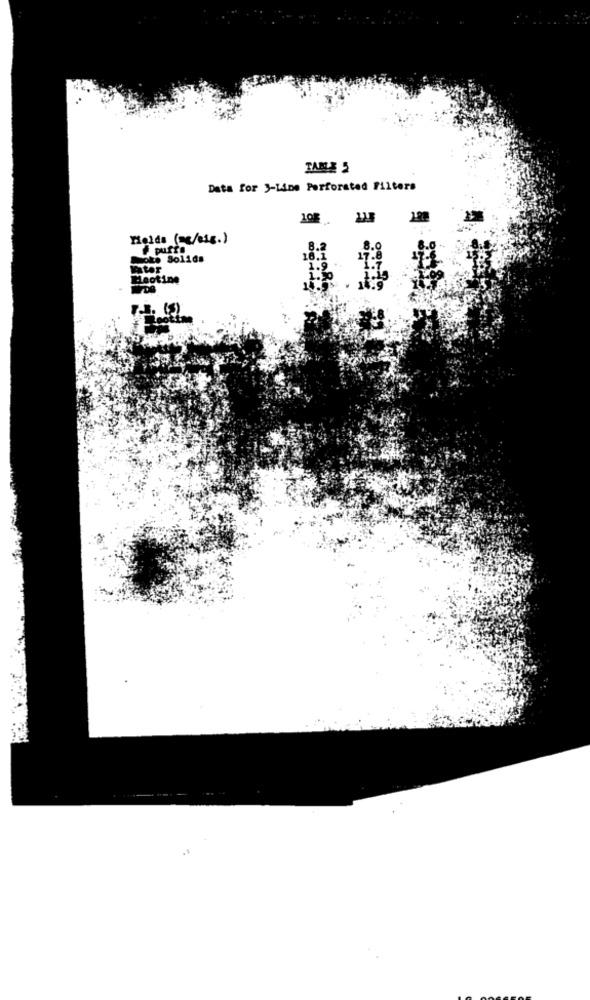
TAME 5
Data for 3-Line Perforated Filters
10E
Heids (mc/sig.)
F puffe
8.2
8.0
hoke Solids
16.1
17.8
1.9
Meotine
1.50
14.9